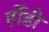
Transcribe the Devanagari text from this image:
र्होडी